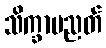
သိက္ခာပညတ်